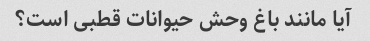
آیا مانند باغ وحش حیوانات قطبی است؟